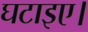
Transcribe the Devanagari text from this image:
घटाइए।